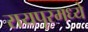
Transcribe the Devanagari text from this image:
रायपूरमध्ये